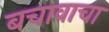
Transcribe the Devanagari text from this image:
बचावाचा